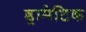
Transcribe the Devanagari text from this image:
ड्रामैटिक